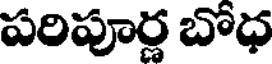
పరిపూర్ణ బోధ